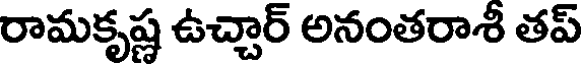
రామకృష్ణ ఉచ్చార్ అనంతరాశీ తప్